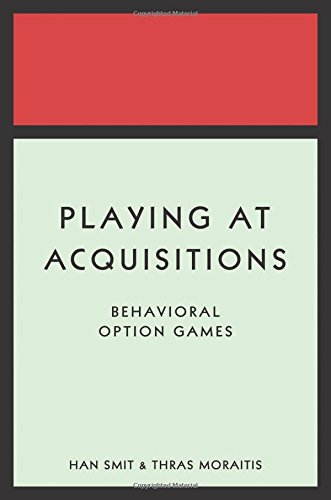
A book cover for Playing at Acquisitions: Behavioral Option Games; Han T. J. Smit; Business & Money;